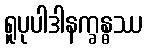
ရူပုပါဒါနက္ခန္ဓဿ